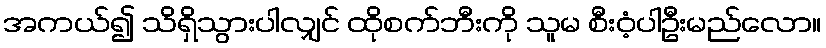
အကယ်၍ သိရှိသွားပါလျှင် ထိုစက်ဘီးကို သူမ စီးဝံ့ပါဦးမည်လော။